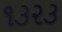
૧૩૨૩